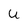
Character: U